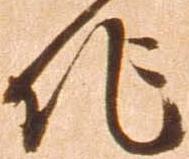
作